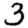
Digit: 3